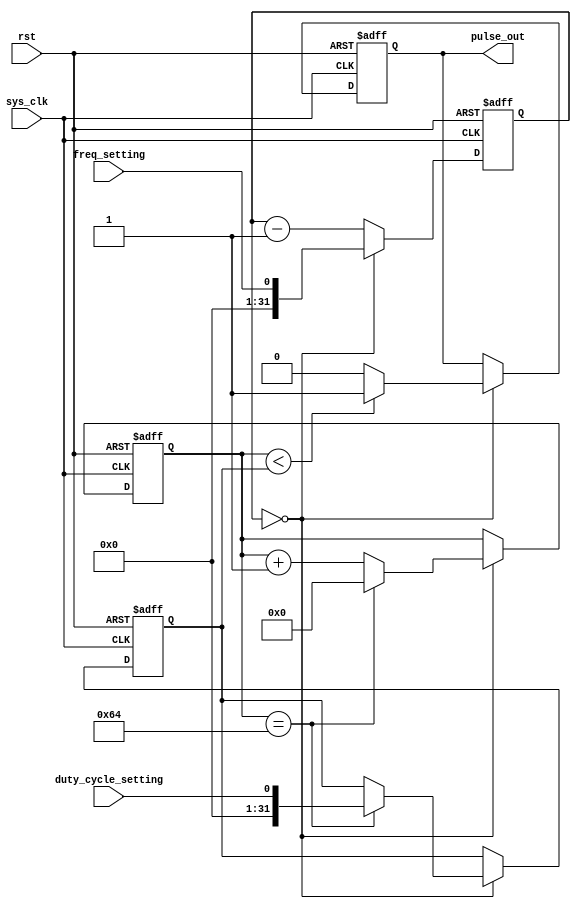
module Timing_control_sync_block (
    input wire sys_clk,
    input wire rst,
    input wire freq_setting,
    input wire duty_cycle_setting,
    output reg pulse_out
);

reg [31:0] counter = 0;
reg [31:0] duty_counter = 0;
reg [31:0] duty_cycle = 0;

always @(posedge sys_clk or posedge rst) begin
    if (rst) begin
        counter <= 0;
        duty_counter <= 0;
        duty_cycle <= 0;
        pulse_out <= 0;
    end else begin
        if (counter == 0) begin
            counter <= freq_setting; // Clock divider
            if (duty_counter < duty_cycle) begin
                pulse_out <= 1;
            end else begin
                pulse_out <= 0;
            end
            duty_counter <= duty_counter + 1;
            if (duty_counter == 100) begin // Duty cycle controller
                duty_counter <= 0;
                duty_cycle <= duty_cycle_setting;
            end
        end else begin
            counter <= counter - 1;
        end
    end
end

endmodule